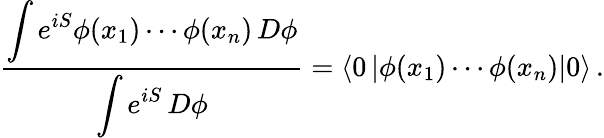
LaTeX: {\frac{\displaystyle\int e^{iS}\phi(x_{1})\cdots\phi(x_{n})\, D\phi}{\displaystyle\int e^{iS}\, D\phi}}=\left\langle 0\left|\phi(x_{1})\cdots\phi(x_{n})\right|0\right\rangle\, .